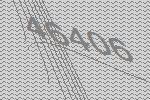
46406